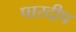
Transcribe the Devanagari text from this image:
पारदीप